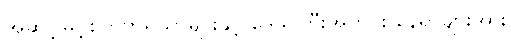
အဆင့်မြင့်စက်ကိရိယာများနှင့် ဒေသကြီးအတွင်း နေရာများအား